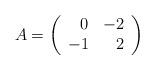
LaTeX: \begin{align*}A= \left( \begin{array}{crcr}\:\:\: 0 & -2 \\ -1 & \:\: 2\end{array}\right)\end{align*}